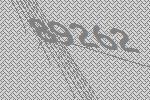
89262